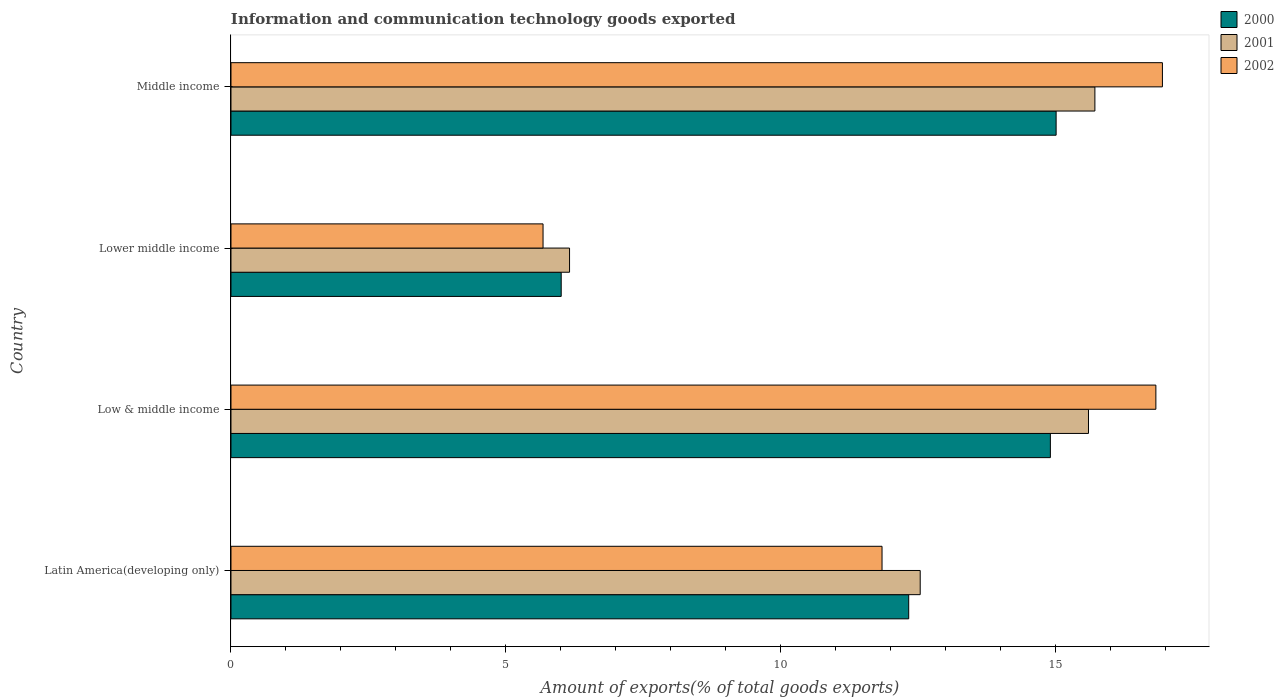
| Country | 2000 | 2001 | 2002 |
 | --- | --- | --- | --- |
 | Latin America(developing only) | 12.3 | 12.5 | 11.8 |
 | Low & middle income | 14.9 | 15.6 | 16.8 |
 | Lower middle income | 6.01 | 6.16 | 5.68 |
 | Middle income | 15 | 15.7 | 16.9 |